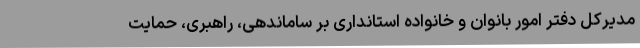
مدیرکل دفتر امور بانوان و خانواده استانداری بر ساماندهی، راهبری، حمایت